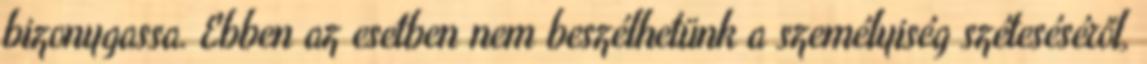
bizonygassa. Ebben az esetben nem beszélhetünk a személyiség széteséséről,